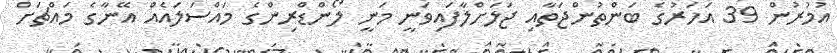
އުމުރުން 39 އަހަރުގެ ބަންތުންޖަތާއި ޖަލަށްލާފައިވަނީ މަނީ ލޯންޑްރިންގެ މައްސަލައެއް އޭނާގެ މައްޗަށް